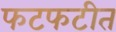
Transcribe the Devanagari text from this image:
फटफटीत